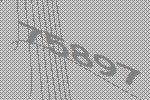
75897